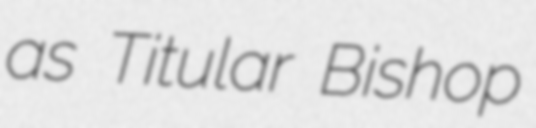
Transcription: as Titular Bishop